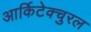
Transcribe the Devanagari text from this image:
आर्किटेक्चुरल